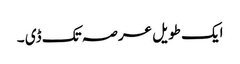
ایک طویل عرصہ تک ڈی ۔